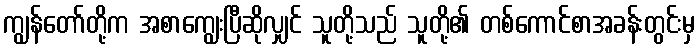
ကျွန်တော်တို့က အစာကျွေးပြီဆိုလျှင် သူတို့သည် သူတို့၏ တစ်ကောင်စာအခန်းတွင်းမှ